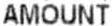
AMOUNT